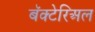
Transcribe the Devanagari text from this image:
बॅक्टेरिअल